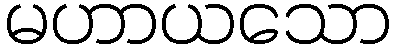
မဟာယသော